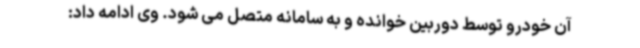
آن خودرو توسط دوربین خوانده و به سامانه متصل می شود. وی ادامه داد: